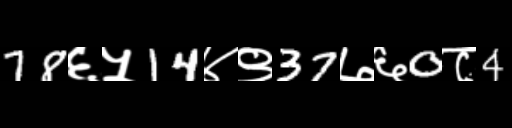
Text: 78६५14४९37७६0८4